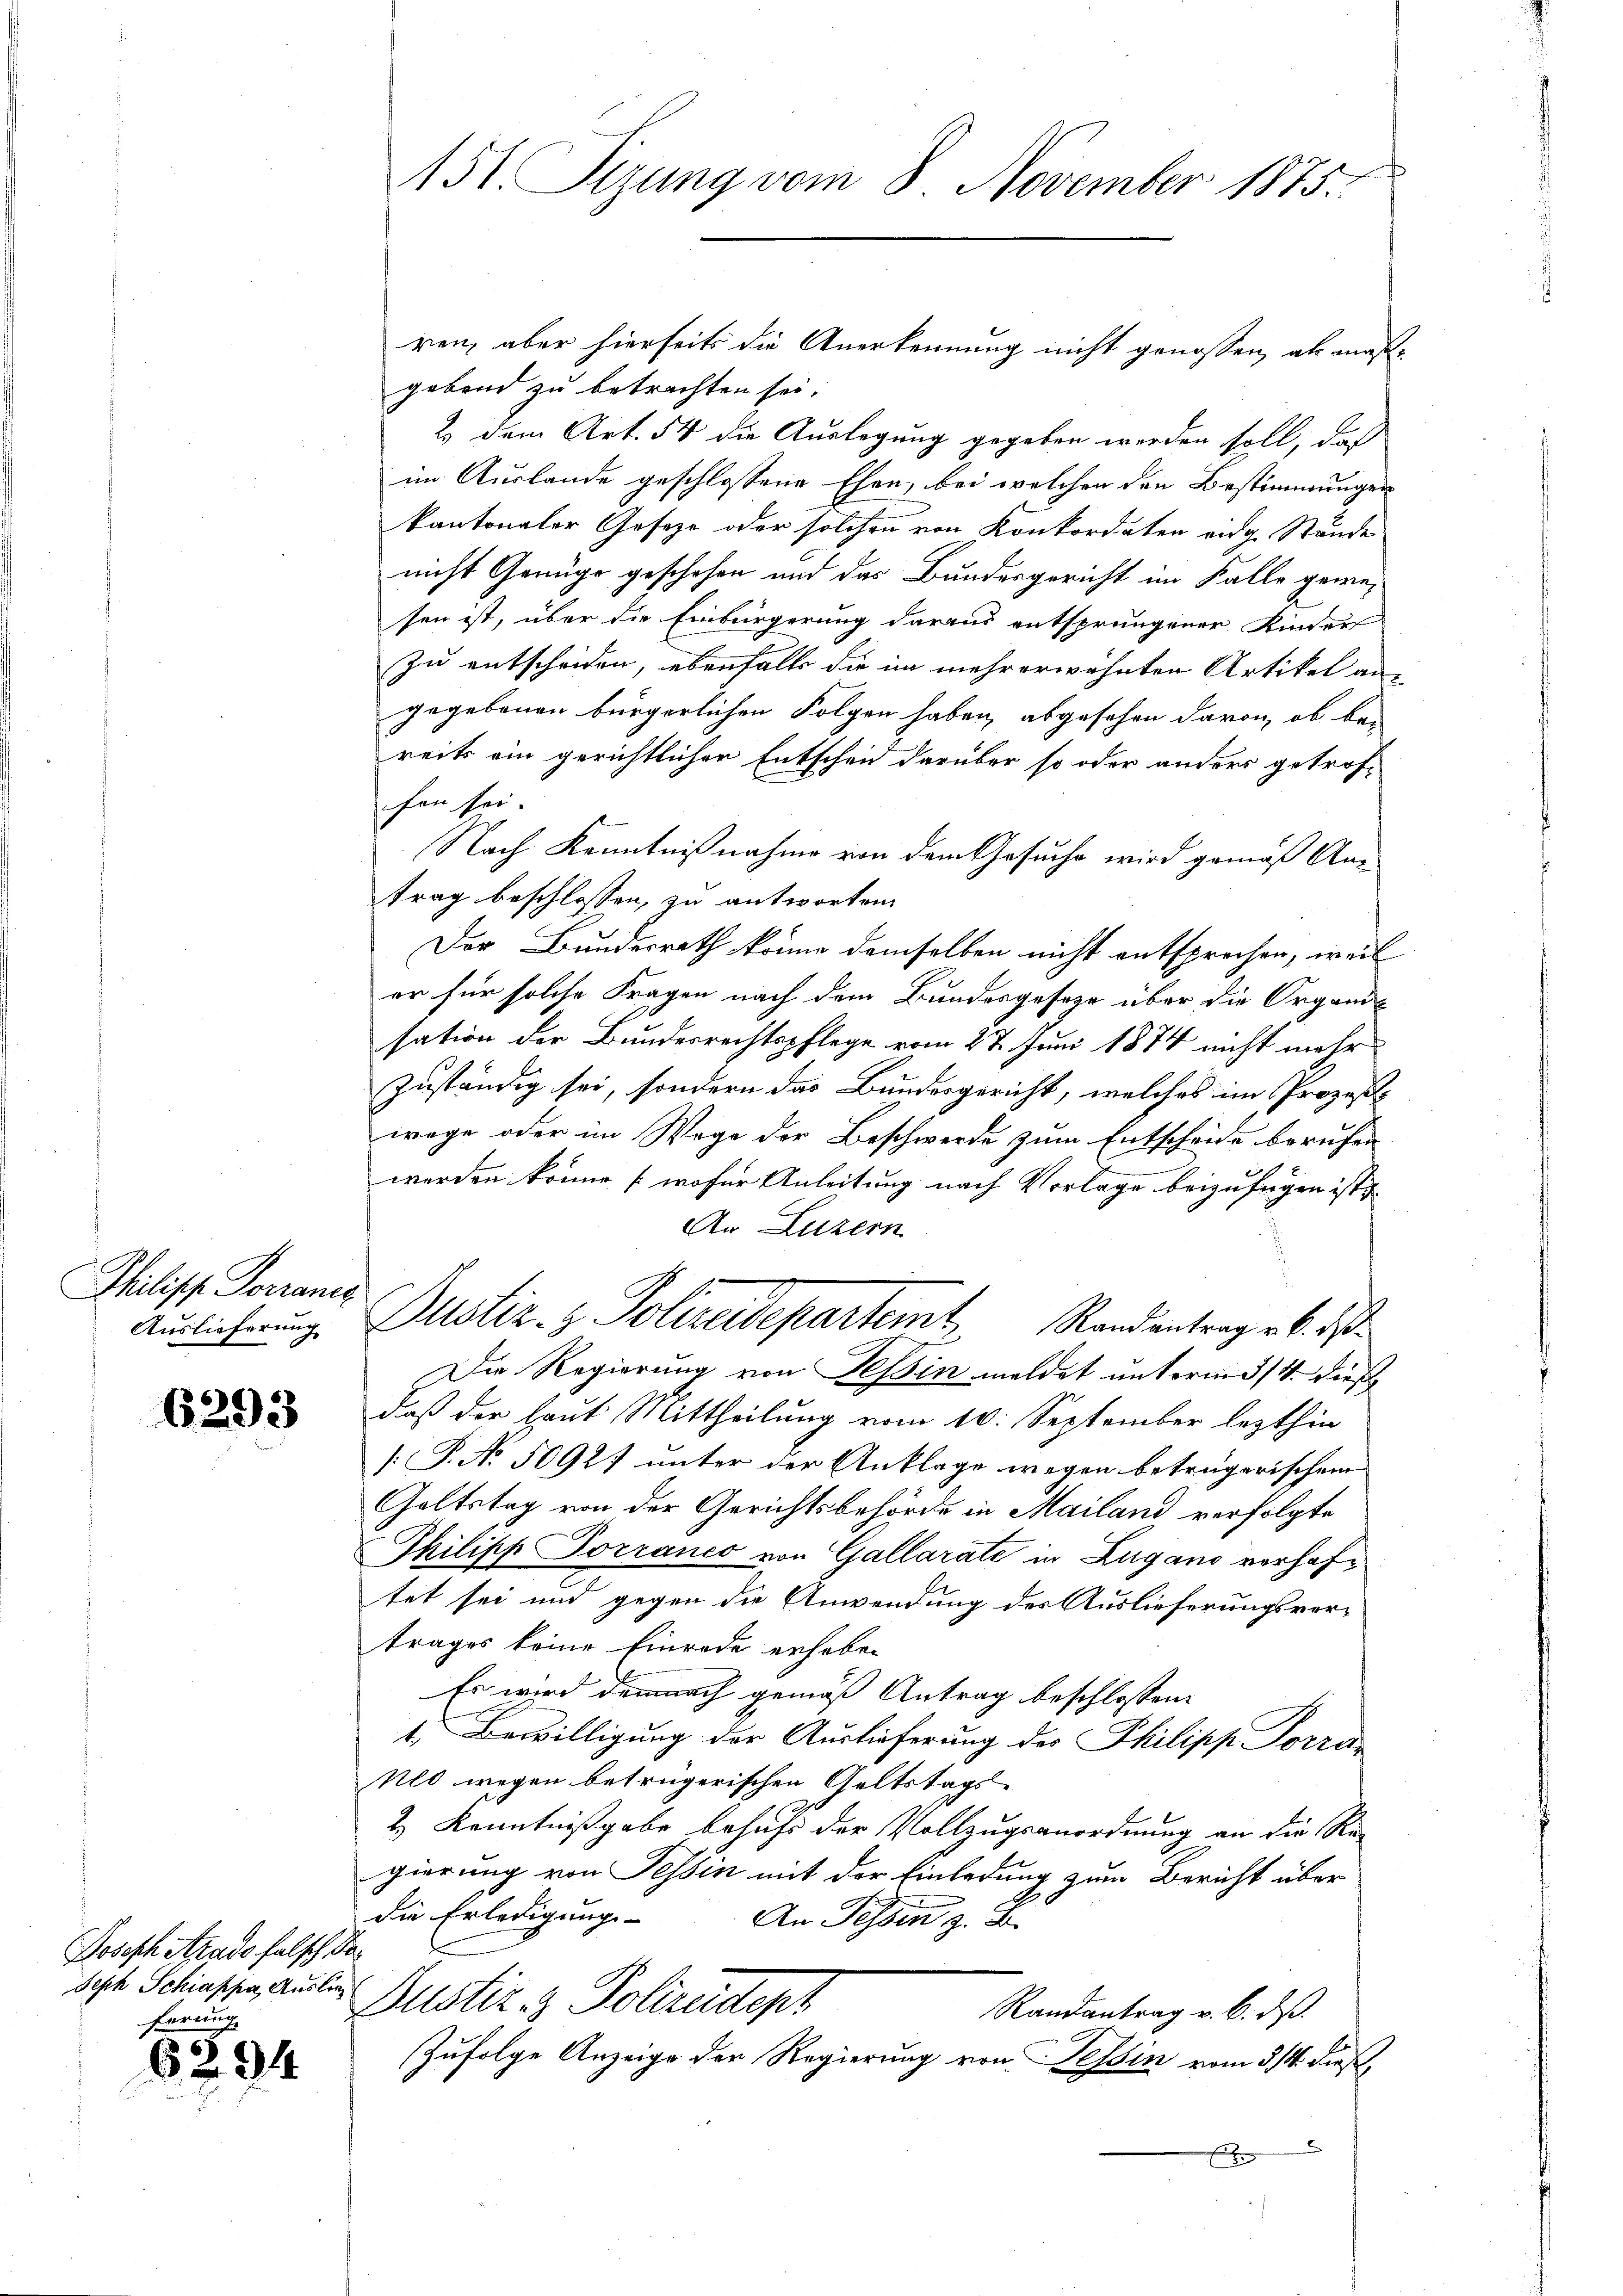
Philische Porraner
Auslieferung

6293

Joseph Arade falsch do
Seph Schiappa, Auslieferung

6294

151 Sizung vom 8. November 1875.

ren, aber hierseits die Anerkennung nicht genossen, als maß-
gebend zu betrachten sei.
2.) dem Art. 54 die Auslegung gegeben werden soll, daß
im Auslande geschlossene Ehen, bei welchen den Bestimmungen
kantonaler Gesetze oder solchen von Konkordaten eige Stände
nicht Genüge geschehen und das Bundesgericht im Falle gewesen ist, über die Einbürgerung daraus entsprungener Kinder
zu entscheiden, ebenfalls die im mehrerwähnten Artikel angegebenen bürgerlichen Folgen haben, abgesehen davon, ob bei
reits ein gerichtlicher Entschen darüber so oder anders getrof-
fen sei.
Nach Kenntnißnahme von dem Gesuche wird gemäß Antrag beschlossen, zu antworten
Der Bundesrath könne demselben nicht entsprechen, weil
er für solche Fragen nach dem Bundesgeseze über die Organisation der Bundesrechtspflege vom 27. Juni 1874 nicht mehr
zuständig sei, sondern das Bundesgericht, welches im Prozess
wege oder im Wage der Beschwerde zum Entscheide berufen
werden könne (wofür Anleitung nach Vorlage beizufügen ist,
An Luzern
Dustiz- & Polizeidepartemt Randantrag . . das
Die Regierung von Tessin meldet unterm 3/4. dieß
daß der laut Mittheilung vom 10. September lezthin
[P. No 50927 unter der Anklage wegen betrügerischem
Galtstag von der Gerichtsbehörde in Mailand verfolgte
Philipp Torranco von Gallarate in Zugano verhaftet sei und gegen die Anwendung des Auslieferungsvertrages keine Einrede erhoben
Es wird demnach gemäß Antrag beschlossene
1. Bewilligung der Auslieferung des Philipp Porra
Als wegen betrügerischen Geltstags¬
2.) Kenntnißgabe behufs der Vollzugsanordnung an die Re-
gierung von Tessin mit der Einladung zum Bericht über
die Erledigungs-
An Tessin z. B.
.
Justiz & Polizeident
Randantrag v. 6. ds.
Zufolge Anzeige der Regierung von Tessin vom 3/4. dieß,